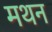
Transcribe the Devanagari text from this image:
मथन